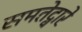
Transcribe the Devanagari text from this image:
समतेद्वारे